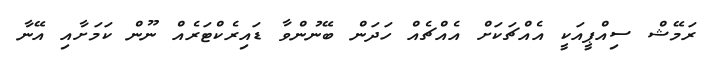
ރަމޭޝް ސިއްޕީއަކީ އެއްޗަކަށް އެއްޗެއް ހަދަން ބޭނުންވާ ޑައިރެކްޓަރެއް ނޫން ކަމަށާއި އޭނާ